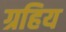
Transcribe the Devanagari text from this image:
ग्रहिय